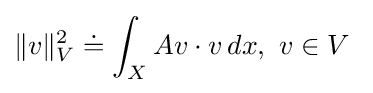
\|v\|_{V}^{2}\doteq \int _{X}Av\cdot v\,dx,\ v\in V\